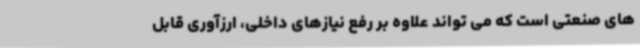
های صنعتی است که می تواند علاوه بر رفع نیازهای داخلی، ارزآوری قابل